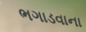
ભગાડવાના